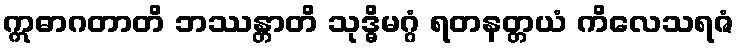
ဣဓာဂတာတိ ဘဿန္တာတိ သုဒ္ဓိမဂ္ဂံ ရတနတ္တယံ ကိလေသရဇံ